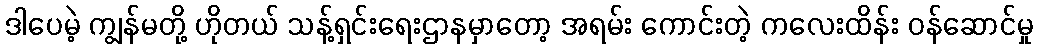
ဒါပေမဲ့ ကျွန်မတို့ ဟိုတယ် သန့်ရှင်းရေးဌာနမှာတော့ အရမ်း ကောင်းတဲ့ ကလေးထိန်း ဝန်ဆောင်မှု